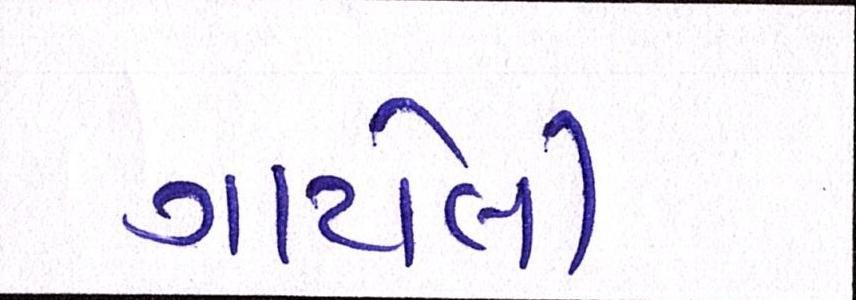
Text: ગાયેલી